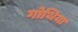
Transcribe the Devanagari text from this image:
गोथिया